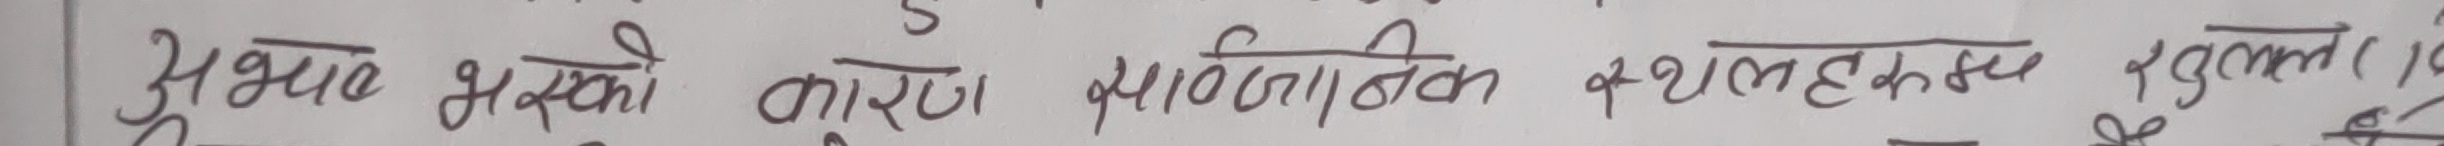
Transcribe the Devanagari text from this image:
अभाव भएको कारण प्राकृतिक स्थलहरुमा गुल (५